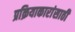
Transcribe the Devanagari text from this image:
प्रक्रियाकारांसाठी